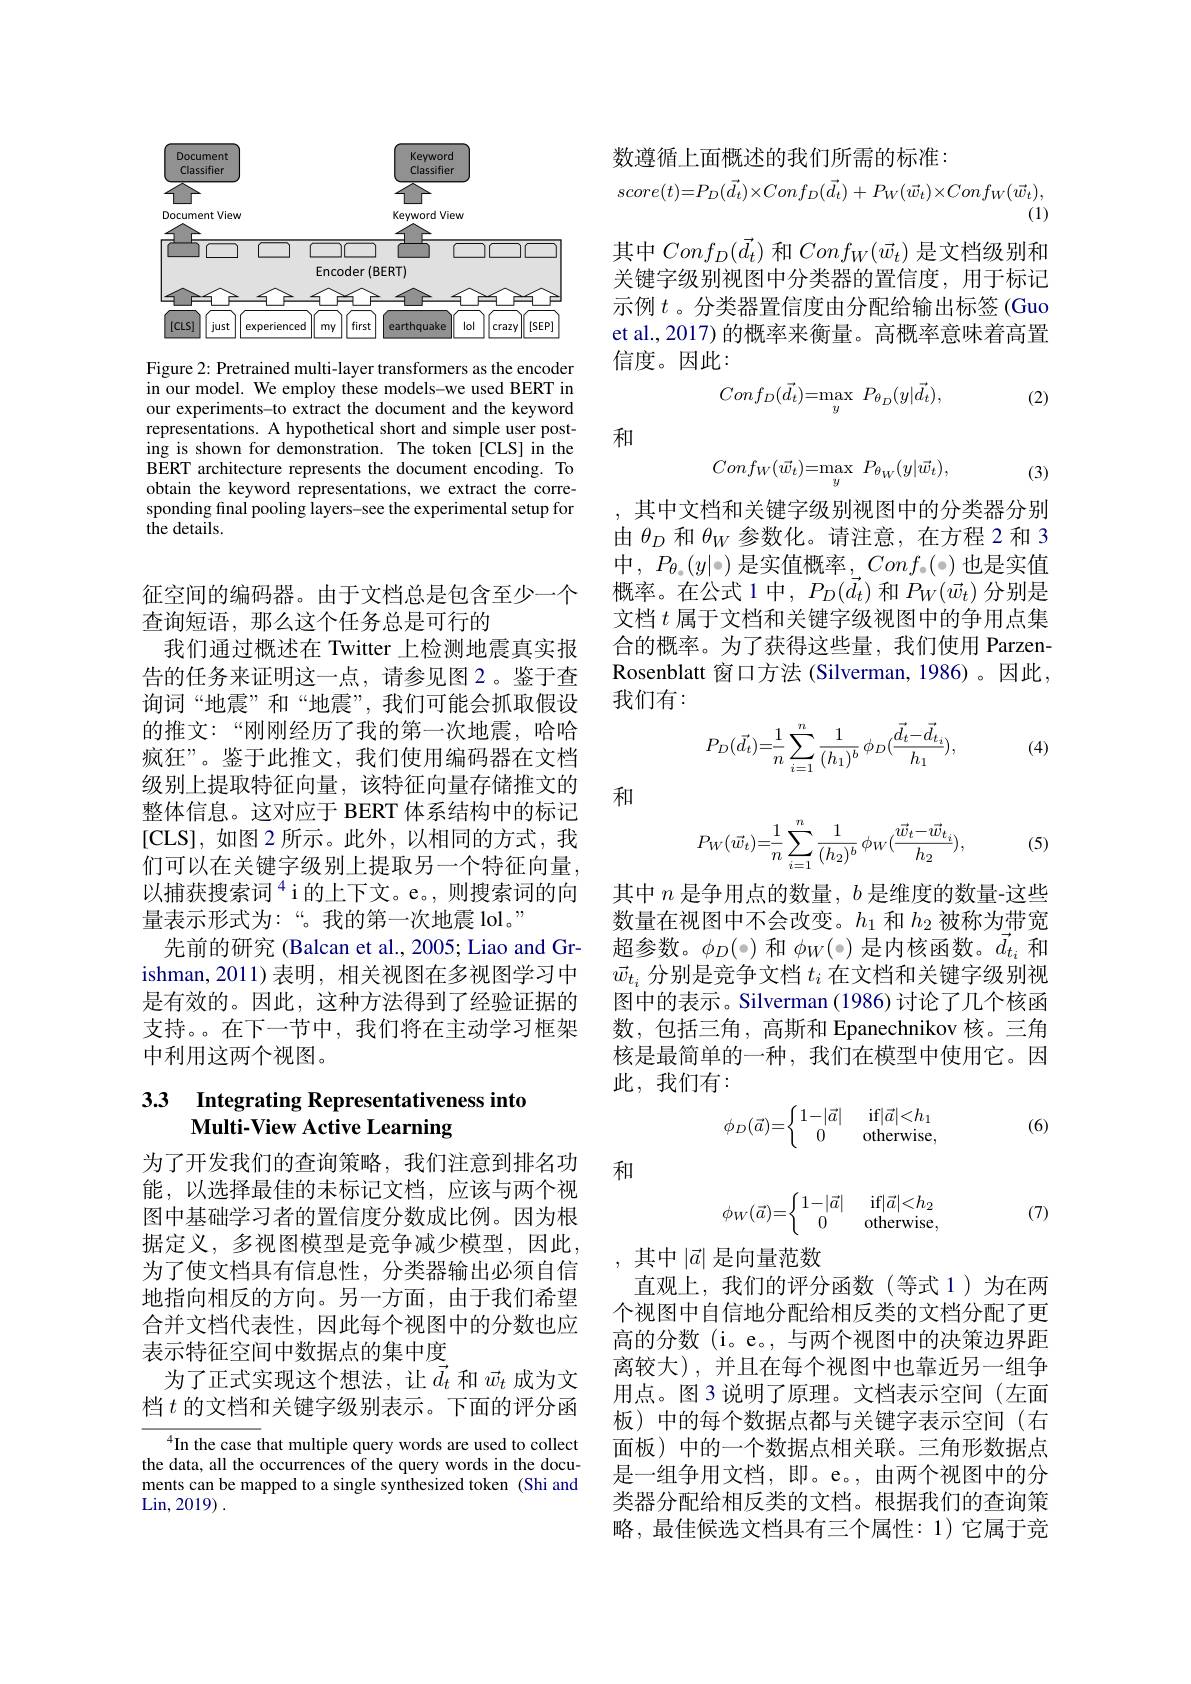
<FigureHere>

Figure 2: Pretrained multi-layer transformers as the encoder in our model. We employ these models-we used BERT in our experiments-to extract the document and the keyword representations. A hypothetical short and simple user posting is shown for demonstration. The token [CLS] in the BERT architecture represents the document encoding. To obtain the keyword representations, we extract the corresponding final pooling layers-see the experimental setup for the details.

征空间的编码器。由于文档总是包含至少一个
查询短语，那么这个任务总是可行的
我们通过概述在 Twitter 上检测地震真实报告的任务来证明这一点，请参见图2。鉴于查询词“地震”和“地震”,我们可能会抓取假设的推文：“刚刚经历了我的第一次地震，哈哈疯狂”。鉴于此推文，我们使用编码器在文档级别上提取特征向量，该特征向量存储推文的整体信息。这对应于 BERT 体系结构中的标记[CLS],如图 2 所示。此外，以相同的方式，我们可以在关键字级别上提取另一个特征向量， 以捕获搜索词$^{4}$i的上下文。e。,则搜索词的向量表示形式为：“。我的第一次地震 lol。”
先前的研究 (Balcan et al., 2005; Liao and Grishman,2011)表明，相关视图在多视图学习中是有效的。因此，这种方法得到了经验证据的支持。在下一节中，我们将在主动学习框架中利用这两个视图。

## 3.3 Integrating Representativeness into Multi-View Active Learning

为了开发我们的查询策略，我们注意到排名功能，以选择最佳的未标记文档，应该与两个视图中基础学习者的置信度分数成比例。因为根据定义，多视图模型是竞争减少模型，因此， 为了使文档具有信息性，分类器输出必须自信地指向相反的方向。另一方面，由于我们希望合并文档代表性，因此每个视图中的分数也应表示特征空间中数据点的集中度
为了正式实现这个想法，让$\vec{d}_t$和$\vec{w}_t$成为文档$t$的文档和关键字级别表示。下面的评分函

$^{4}$In the case that multiple query words are used to collect the data, all the occurrences of the query words in the documents can be mapped to a single synthesized token (Shi and Lin, 2019) .

数遵循上面概述的我们所需的标准：
$$score(t)=P_{D}(\vec{d_{t}})\times Conf_{D}(\vec{d_{t}})+P_{W}(\vec{w_{t}})\times Conf_{W}(\vec{w_{t}}),$$
(1)

其中$Conf_D(\vec{d}_t)$ 和$Conf_W(\vec{w}_t)$ 是文档级别和关键字级别视图中分类器的置信度，用于标记示例$t$。分类器置信度由分配给输出标签 (Guo et al., 2017) 的概率来衡量。高概率意味着高置信度。因此：
$$Conf_D(\vec{d}_t)=\max_y\:P_{\theta_D}(y|\vec{d}_t),$$
(2)
$$Conf_W(\vec w_t)=\max_y\:P_{\theta_W}(y|\vec w_t),$$
和

(3)

其中文档和关键字级别视图中的分类器分别由$\theta_D$和$\theta_W$参数化。请注意，在方程 2 和 3中，$P_\theta_{\circ}(y|$-)是实值概率$,Conf_{\circ}($-)也是实值概率。在公式 1 中，$P_D(\vec{d}_t)$和$P_W(\vec{w}_t)$分别是文档$t$属于文档和关键字级视图中的争用点集合的概率。为了获得这些量，我们使用 ParzenRosenblatt 窗口方法 (Silverman,1986)。因此， 我们有：
$$P_{D}(\vec{d}_{t})=\frac{1}{n}\sum_{i=1}^{n}\frac{1}{(h_{1})^{b}}\:\phi_{D}(\frac{\vec{d}_{t}-\vec{d}_{t_{i}}}{h_{1}}),$$
(4)

和

(5)
$$P_{W}(\vec{w}_{t})=\dfrac{1}{n}\sum_{i=1}^{n}\dfrac{1}{(h_{2})^{b}}\:\phi_{W}(\dfrac{\vec{w}_{t}-\vec{w}_{t_{i}}}{h_{2}}),$$
其中$n$是争用点的数量，$b$是维度的数量-这些数量在视图中不会改变。$h_1$和$h_2$被称为带宽超参数。$\phi_D(-)$和$\phi_W(-)$是内核函数。$\vec{d}_{t_i}$和$\vec{w}_{t_i}$分别是竞争文档$t_i$在文档和关键字级别视图中的表示。Silverman (1986) 讨论了几个核函数，包括三角，高斯和 Epanechnikov 核。三角核是最简单的一种，我们在模型中使用它。因此，我们有：

(6)
$$\phi_D(\vec{a})=\left\{\begin{matrix}1-|\vec{a}|&\text{if}|\vec{a}|<h_1\\0&\text{otherwise},\end{matrix}\right.$$
和
$$\phi_W(\vec{a})=\left\{\begin{matrix}1-|\vec{a}|&\text{if}|\vec{a}|<h_2\\0&\text{otherwise},\end{matrix}\right.$$
(7)

,其中$|\vec{a}|$是向量范数
直观上，我们的评分函数(等式 1)为在两个视图中自信地分配给相反类的文档分配了更高的分数 (i。e。, 与两个视图中的决策边界距离较大),并且在每个视图中也靠近另一组争用点。图3说明了原理。文档表示空间(左面板)中的每个数据点都与关键字表示空间(右面板)中的一个数据点相关联。三角形数据点是一组争用文档，即。e。,由两个视图中的分类器分配给相反类的文档。根据我们的查询策略，最佳候选文档具有三个属性：1)它属于竞